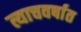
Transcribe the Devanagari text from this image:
त्याचवर्षात